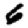
Digit: 6